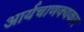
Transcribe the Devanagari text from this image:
आर्यचाणक्यकार